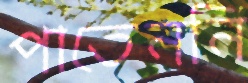
পাতেননি